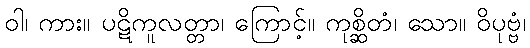
ဝါ၊ ကား။ ပဋိကူလတ္တာ၊ ကြောင့်။ ကုစ္ဆိတံ၊ သော။ ဝိပုဗ္ဗံ၊